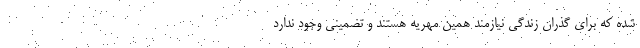
شده‌ که برای گذران زندگی نیازمند همین مهریه هستند و تضمینی وجود ندارد